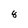
Character: 8